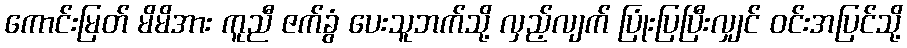
ကောင်းမြတ် မိမိအား ကူညီ ဇက်ခွံ ပေးသူဘက်သို့ လှည့်လျက် ပြုံးပြပြီးလျှင် ဝင်းအပြင်သို့